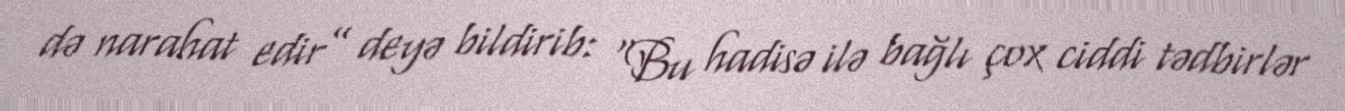
də narahat edir” deyə bildirib: “Bu hadisə ilə bağlı çox ciddi tədbirlər